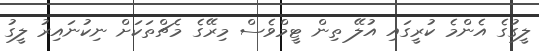
ލީގުގެ އެންމެ ކުރީގައި އުލޭ ތިން ޓީމްވެސް މިރޭގެ މެޗްތަކަށް ނިކުނައިރު ލީގު